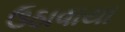
ઉઠાવાયા